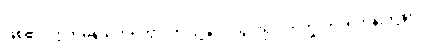
ဖြစ်၏။ ဣတိမနသိကရိတွာ၊ ဤသို့နှလုံးသွင်း၍။ ဘိက္ခူဟိ၊ ရဟန်းတို့နှင့်။